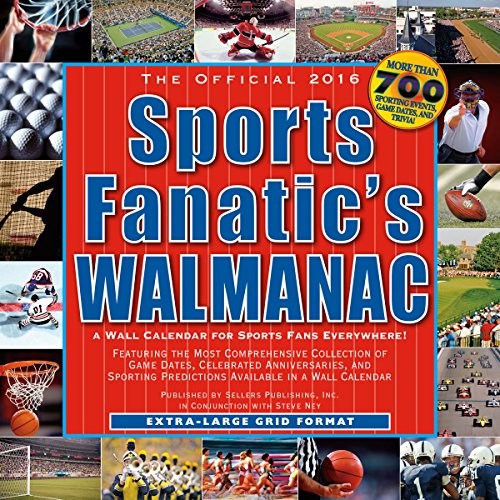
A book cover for Sports Fanatic Walmanac 2016 Wall Calendar; Steve Nye; Calendars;